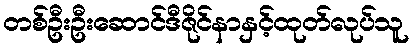
တစ်ဦးဦးဆောင်ဒီဇိုင်နာနှင့်ထုတ်လုပ်သူ